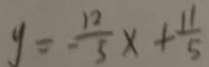
y = \frac { 1 2 } { 5 } x + \frac { 1 1 } { 5 }